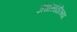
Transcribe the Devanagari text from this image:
अंधांसांठीच्या